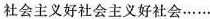
社会主义好社会主义好社会……